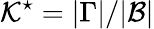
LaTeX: \mathcal{K}^{\star}=|\Gamma|/|\mathcal B|